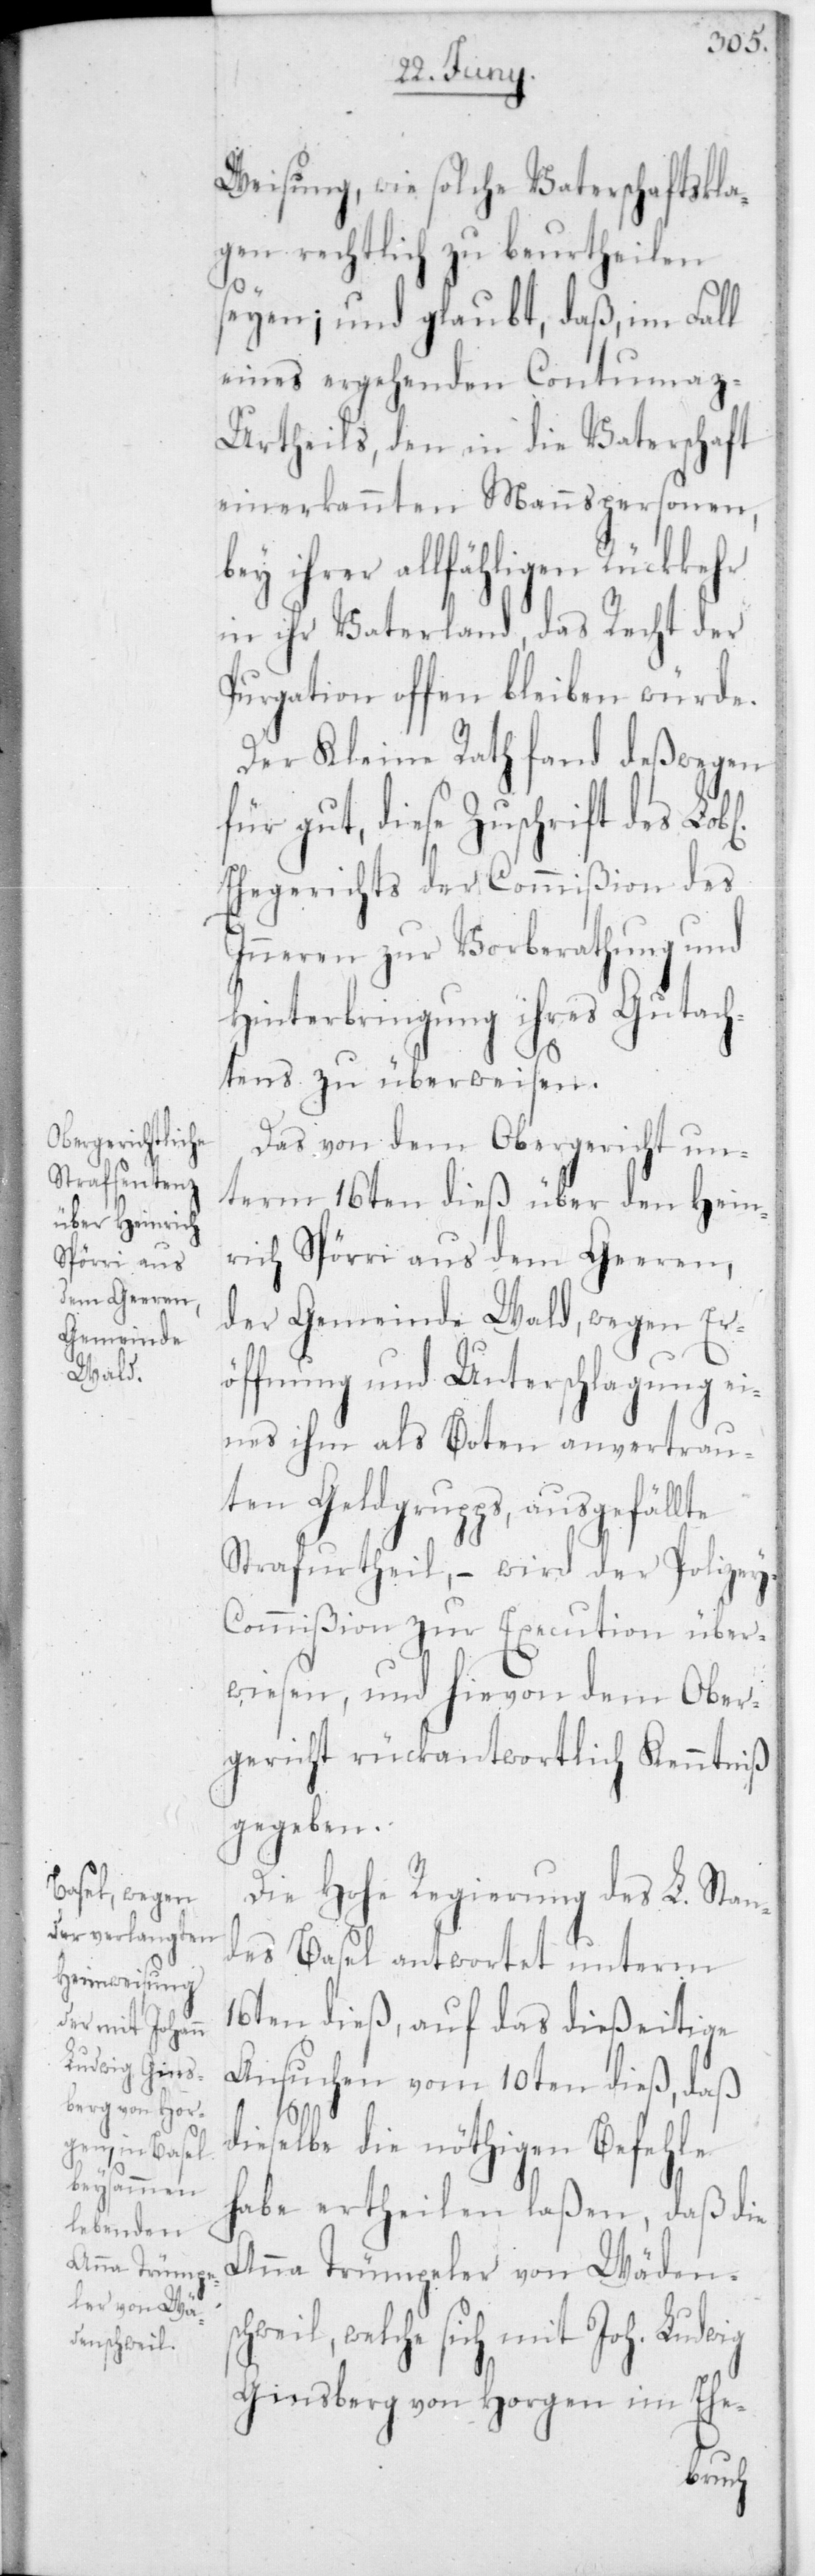
Anna Trümpe¬
ler von Wä¬
denschweil,

y-C¬
Weisung, wie solche Vaterschaftskla¬
gen rechtlich zu beurtheilen
seyen; und glaubt, daß, im Fall
eines ergehenden Contumaz-U¬
rtheils, den in die Vaterschaft
einerkannten Mannspersonen,
ihrer allfähligen Rückkehr
in ihr Vaterland, das Recht der
Purgation offen bleiben würde.
Der Kleine Rath fand deßwegen
für gut, diese Zuschrift des Lobl.
Ehegerichts der Commißion des
Inneren zur Vorberathung und
Hinterbringung ihres Gutach¬
tens zu überweisen.
Das von dem Obergericht un¬
term 16ten dieß über den Hein¬
rich Spörri aus dem Geeren,
der Gemeinde Wald, wegen Er¬
öffnung und Unterschlagung ei¬
nes ihm als Boten anvertrau¬
ten Geldgrupps, ausgefällte
Strafurtheil, – wird der Polize¬
ommißion zur Execution über¬
wiesen, und hievon dem Ober¬
gericht rückantwortlich Kenntniß
gegeben.
Die Hohe Regierung des L. Stan¬
des Basel antwortet unterm
16ten dieß, auf das dießeitige
Ansuchen vom 10ten dieß, daß
dieselbe die nöthigen Befehle
habe ertheilen laßen, daß die
welche sich mit Joh. Ludwig
Ginsberg von Horgen im Ehe-